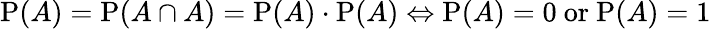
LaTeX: \mathrm{P}(A)=\mathrm{P}(A\cap A)=\mathrm{P}(A)\cdot\mathrm{P}(A)\Leftrightarrow\mathrm{P}(A)=0{\mathrm{~or~}}\mathrm{P}(A)=1